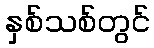
နှစ်သစ်တွင်